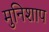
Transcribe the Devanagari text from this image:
मुनिशाप